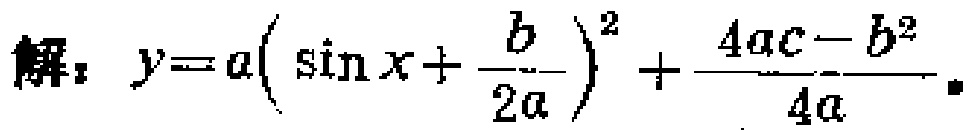
解：\(y = a\left(\sin x+\frac{b}{2a}\right)^{2}+\frac{4ac - b^{2}}{4a}\)